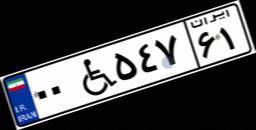
۰۶W۳۴۹۱۸